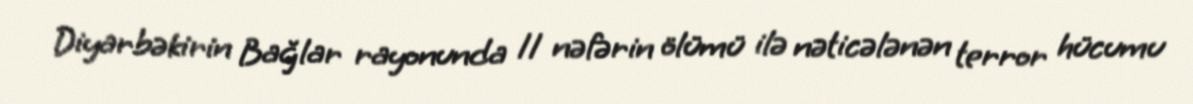
Diyarbəkirin Bağlar rayonunda 11 nəfərin ölümü ilə nəticələnən terror hücumu